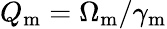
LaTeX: Q_{\mathrm{m}}=\Omega_{\mathrm{m}}/\gamma_{\mathrm{m}}